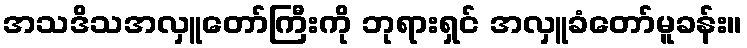
အသဒိသအလှူတော်ကြီးကို ဘုရားရှင် အလှူခံတော်မူခန်း။